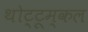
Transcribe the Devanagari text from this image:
थोट्टूम्कल